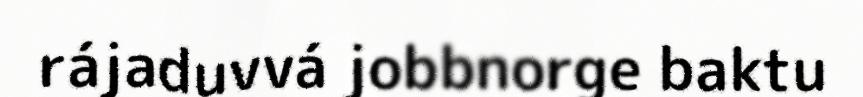
rájaduvvá jobbnorge baktu